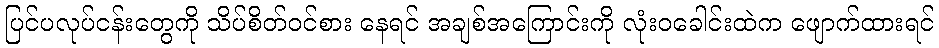
ပြင်ပလုပ်ငန်းတွေကို သိပ်စိတ်ဝင်စား နေရင် အချစ်အကြောင်းကို လုံးဝခေါင်းထဲက ဖျောက်ထားရင်